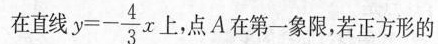
在直线$$y = - \frac { 4 } { 3 } x$$ 上，点A在第一象限，若正方形的